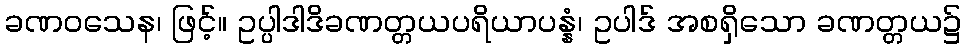
ခဏဝသေန၊ ဖြင့်။ ဥပ္ပါဒါဒိခဏတ္တယပရိယာပန္နံ၊ ဥပါဒ် အစရှိသော ခဏတ္တယ၌